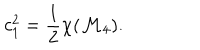
LaTeX: c _ { 1 } ^ { 2 } = \frac { 1 } { 2 } \chi ( { \cal M } _ { 4 } ) .